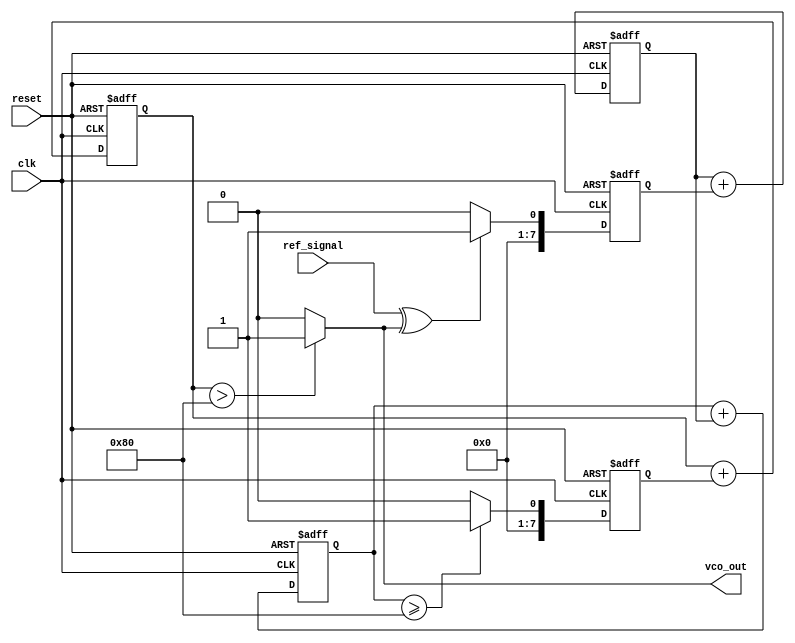
module sigma_delta_pll (
    input wire clk,               // System clock
    input wire reset,             // Reset signal
    input wire ref_signal,        // Reference input signal
    output wire vco_out           // VCO output
);

    // Parameters
    parameter N = 8;              // Bit width for the sigma-delta modulator
    parameter OVERSAMPLE_RATIO = 16; // Oversampling ratio for the modulator

    // Internal signals
    reg [N-1:0] phase_error;      // Phase error from phase detector
    reg [N-1:0] loop_filter_out;   // Output of the loop filter
    reg [N-1:0] modulator_out;     // Output of the sigma-delta modulator
    reg vco_control;               // Control signal for VCO
    reg [N-1:0] vco_freq;          // Frequency control for VCO

    // Phase Detector
    always @(posedge clk or posedge reset) begin
        if (reset) begin
            phase_error <= 0;
        end else begin
            // Simple phase detector logic (e.g., XOR)
            phase_error <= (ref_signal ^ vco_out) ? 1 : 0; // Example phase comparison
        end
    end

    // Loop Filter (Simple Integrator)
    always @(posedge clk or posedge reset) begin
        if (reset) begin
            loop_filter_out <= 0;
        end else begin
            loop_filter_out <= loop_filter_out + phase_error; // Integrate phase error
        end
    end

    // Sigma-Delta Modulator
    reg [N-1:0] integrator;
    always @(posedge clk or posedge reset) begin
        if (reset) begin
            integrator <= 0;
            modulator_out <= 0;
        end else begin
            integrator <= integrator + loop_filter_out;
            // 1-bit quantizer
            modulator_out <= (integrator >= (1 << (N-1))) ? 1 : 0; // Simple thresholding
        end
    end

    // Voltage-Controlled Oscillator (VCO)
    always @(posedge clk or posedge reset) begin
        if (reset) begin
            vco_freq <= 0;
        end else begin
            // Adjust VCO frequency based on modulator output
            vco_freq <= vco_freq + modulator_out; // Simple frequency control
        end
    end

    // Generate VCO output (simple toggling for demonstration)
    assign vco_out = (vco_freq > (1 << (N-1))) ? 1 : 0; // Example output based on frequency

endmodule